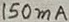
Text: 150mA